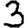
Digit: 3